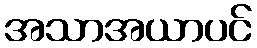
အသာအယာပင်